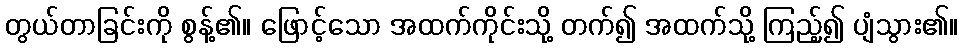
တွယ်တာခြင်းကို စွန့်၏။ ဖြောင့်သော အထက်ကိုင်းသို့ တက်၍ အထက်သို့ ကြည့်၍ ပျံသွား၏။